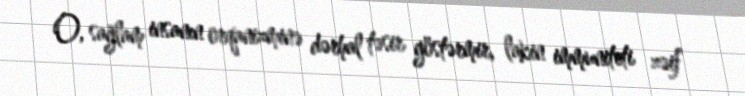
O, sağlam insanın orqanizminə dərhal təsir göstərmir, lakin immuniteti zəif